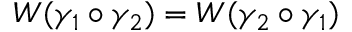
W ( \gamma _ { 1 } \circ \gamma _ { 2 } ) = W ( \gamma _ { 2 } \circ \gamma _ { 1 } )